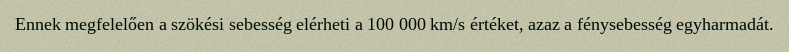
Ennek megfelelően a szökési sebesség elérheti a 100 000 km/s értéket, azaz a fénysebesség egyharmadát.